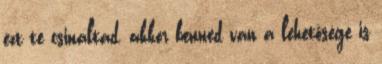
ezt te csináltad, akkor benned van a lehetősége is